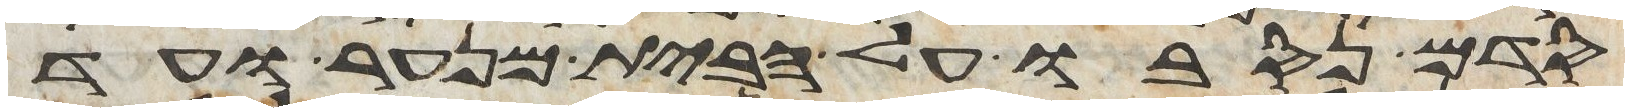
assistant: סדם נסבו על הבית מנער ועד